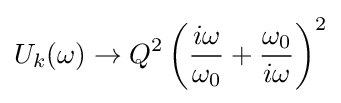
U_{k}(\omega )\to Q^{2}\left({\frac {i\omega }{\omega _{0}}}+{\frac {\omega _{0}}{i\omega }}\right)^{2}